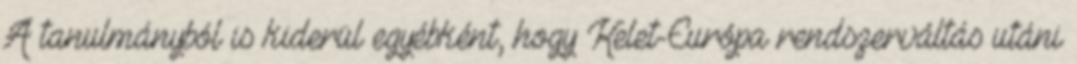
A tanulmányból is kiderül egyébként, hogy Kelet-Európa rendszerváltás utáni